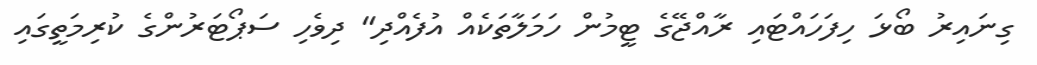
ގިނައިރު ބޯޅަ ހިފަހައްޓައި ރާއްޖޭގެ ޓީމުން ހަމަލާތަކެއް އުފެއްދި" ދިވެހި ސަޕޯޓަރުންގެ ކުރިމަތީގައި